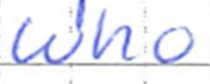
Text: who
Cross-out: clean
Writing tool: ballpoint